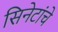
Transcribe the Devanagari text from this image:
सिनेटांचे